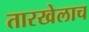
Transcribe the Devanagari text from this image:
तारखेलाच